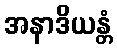
အနာဒိယန္တံ